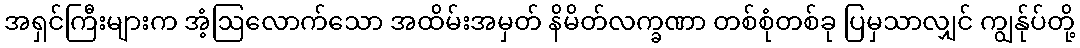
အရှင်ကြီးများက အံ့ဩလောက်သော အထိမ်းအမှတ် နိမိတ်လက္ခဏာ တစ်စုံတစ်ခု ပြမှသာလျှင် ကျွန်ုပ်တို့